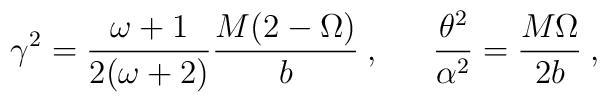
\gamma^2=\frac{\omega+1}{2(\omega+2)}\frac{M(2- \Omega)}{b} \:,\:\:\:\:\:\:\: \frac{\theta^2}{\alpha^2}=\frac{M \Omega}{2b}\:,